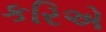
કરિએ